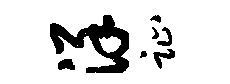
详趾